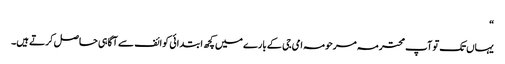
“
یہاں تک تو آپ محترمہ مرحومہ امی جی کے بارے میں کچھ ابتدائی کوائف سے آگاہی حاصل کرتے ہیں۔